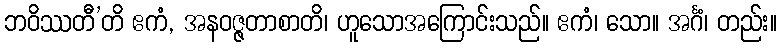
ဘဝိဿတီ’တိ ဧကံ, အနဝဇ္ဇတာစာတိ၊ ဟူသောအကြောင်းသည်။ ဧကံ၊ သော။ အင်္ဂံ၊ တည်း။